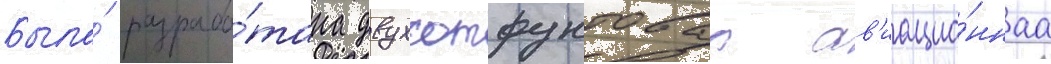
Была́ разрабо́тана двухсотфунтоваа ав'иацио́ннаа